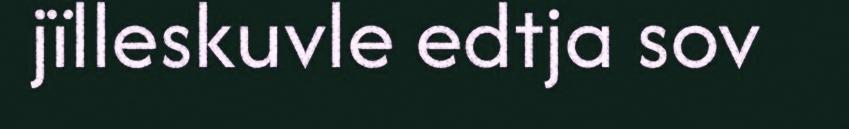
jïlleskuvle edtja sov